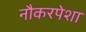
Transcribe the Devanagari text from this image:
नौकरपेशा